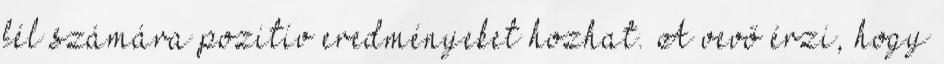
fél számára pozitív eredményeket hozhat. A vevő érzi, hogy